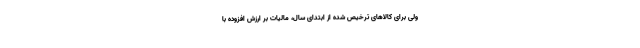
ولی برای کالاهای ترخیص شده از ابتدای سال، مالیات بر ارزش افزوده با